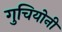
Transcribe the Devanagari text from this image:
गुचियोनी